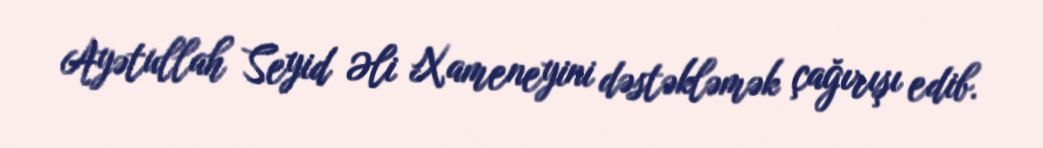
Ayətullah Seyid Əli Xameneyini dəstəkləmək çağırışı edib.